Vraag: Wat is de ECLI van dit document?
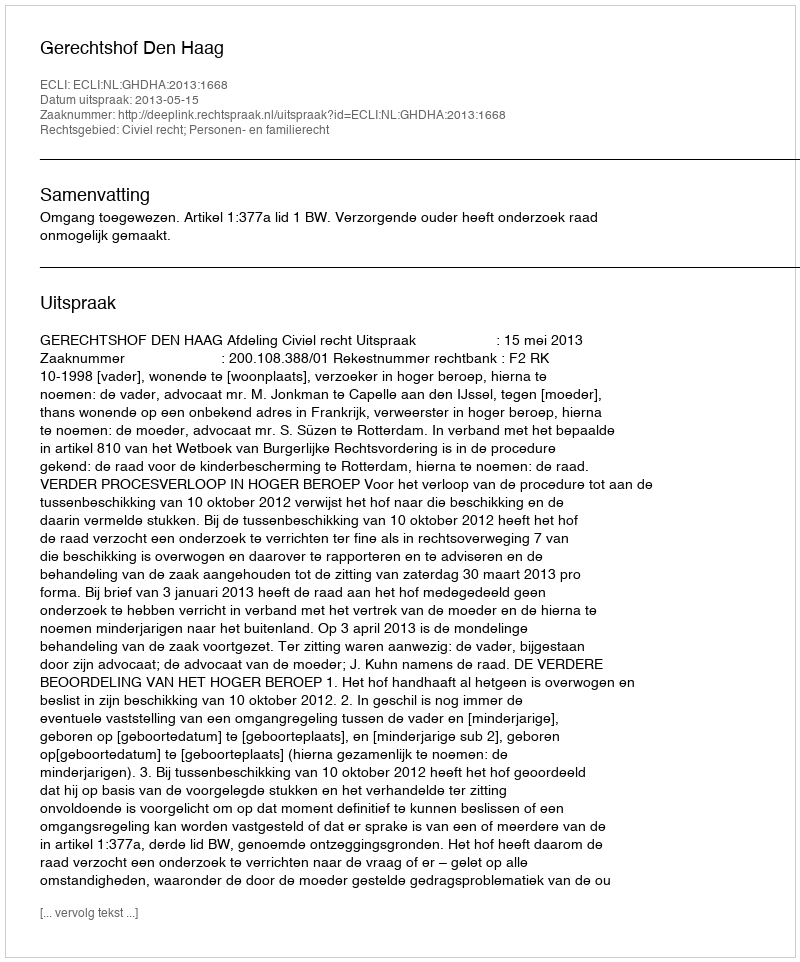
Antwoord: ECLI:NL:GHDHA:2013:1668